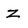
Character: Z